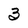
Character: 3